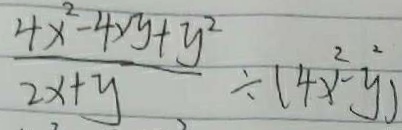
\frac { 4 x ^ { 2 } - 4 x y + y ^ { 2 } } { 2 x + y } \div ( 4 x ^ { 2 } - y )